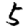
Digit: 5